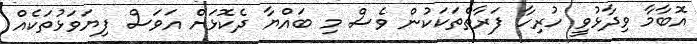
އޮބާމާ ވިދާޅުވީ ހުރިހާ ފަރާތްތަކަކުން ވެސް މި ބައްޔާ ދެކޮޅަށް އަވަސް ފިޔަވަޅުތަކެއް